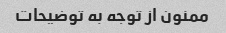
ممنون از توجه به توضیحات